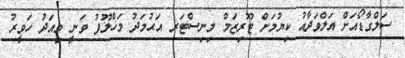
ސަލްގާޑޯއަށް އަލްވަދާއު ކިޔުމަށް ޓޫރިޒަމް މިނިސްޓަރ އަޙުމަދު މަޚްލޫފު ވަނީ މިއަދު ހަވީރު